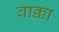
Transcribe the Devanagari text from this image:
वाक्का